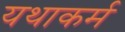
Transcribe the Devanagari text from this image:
यथाकर्म